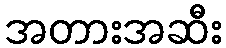
အတားအဆီး